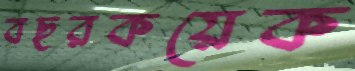
বছরকয়েক